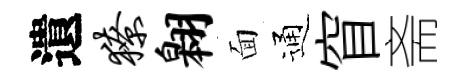
遺獠翱面通窅斋